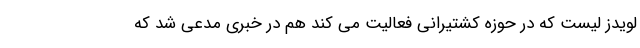
لویدز لیست که در حوزه کشتیرانی فعالیت می کند هم در خبری مدعی شد که